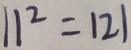
1 1 2 = 1 2 1